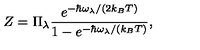
Z = \Pi _ { \lambda } \frac { e ^ { - \hbar \omega _ { \lambda } / ( 2 k _ { B } T ) } } { 1 - e ^ { - \hbar \omega _ { \lambda } / ( k _ { B } T ) } } ,